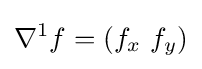
\nabla ^{1}f=(f_{x}\ f_{y})